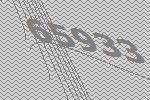
65933